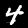
Label: 4